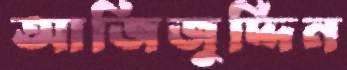
আজিজুদ্দিন